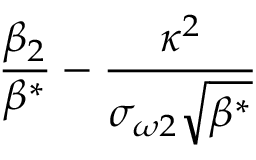
\frac { \beta _ { 2 } } { \beta ^ { * } } - \frac { \kappa ^ { 2 } } { \sigma _ { \omega 2 } \sqrt { \beta ^ { * } } }